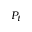
P _ { t }